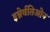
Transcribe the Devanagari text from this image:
इन्नेर्वतिओन